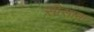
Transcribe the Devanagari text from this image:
सीसामा